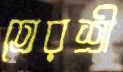
তেরশ্রী